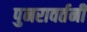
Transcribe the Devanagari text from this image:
पुनरावर्तनी